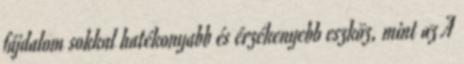
fájdalom sokkal hatékonyabb és érzékenyebb eszköz, mint az A